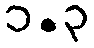
၁.၃